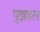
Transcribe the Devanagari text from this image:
पुझहल